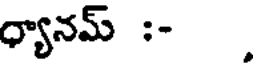
ధ్యానమ్ :- .